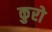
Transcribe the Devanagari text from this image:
कुरो